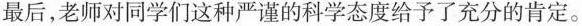
最后，老师对同学们这种严谨的科学态度给予了充分的肯定。